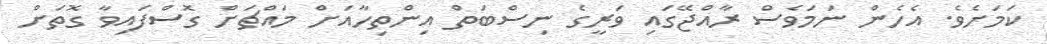
ކަމަށެވެ. އެހެން ނަމަވެސް ރާއްޖޭގައި ވަރީގެ ނިސްބަތް އިންތިހާއަށް މައްޗަށް ގޮސްފައިވާ ގޮތަށް